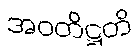
အဝတိဋ္ဌတိ